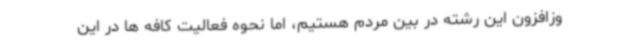
وزافزون این رشته در بین مردم هستیم، اما نحوه فعالیت کافه ها در این